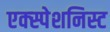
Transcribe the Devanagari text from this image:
एक्स्पेशनिस्ट